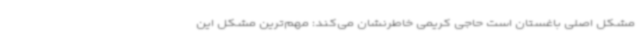
مشکل اصلی باغستان است حاجی کریمی خاطرنشان می‌کند: مهم‌ترین مشکل این